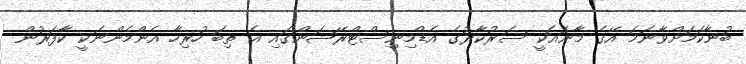
ބުނާކަމަށްވާނަމަ އޭގެ މާނައަކީ ސަރުކާރުގެ އެޑްމިނިސްޓްރޭޝަންގައި އެ ތިބަ ހުރިހާ އެންމެންނަކީ ކާފަރުން